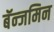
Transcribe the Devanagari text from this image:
बॅन्जमिन